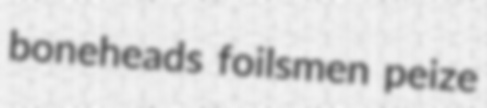
boneheads foilsmen peize